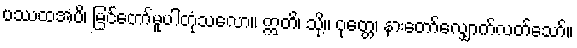
ပဿထအပိ၊ မြင်တော်မူပါတုံသလော။ ဣတိ၊ သို့။ ဝုတ္တေ၊ နားတော်လျှောက်လတ်သော်။